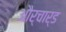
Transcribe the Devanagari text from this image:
और्चार्ड